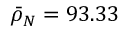
\bar { \rho } _ { N } = 9 3 . 3 3 \